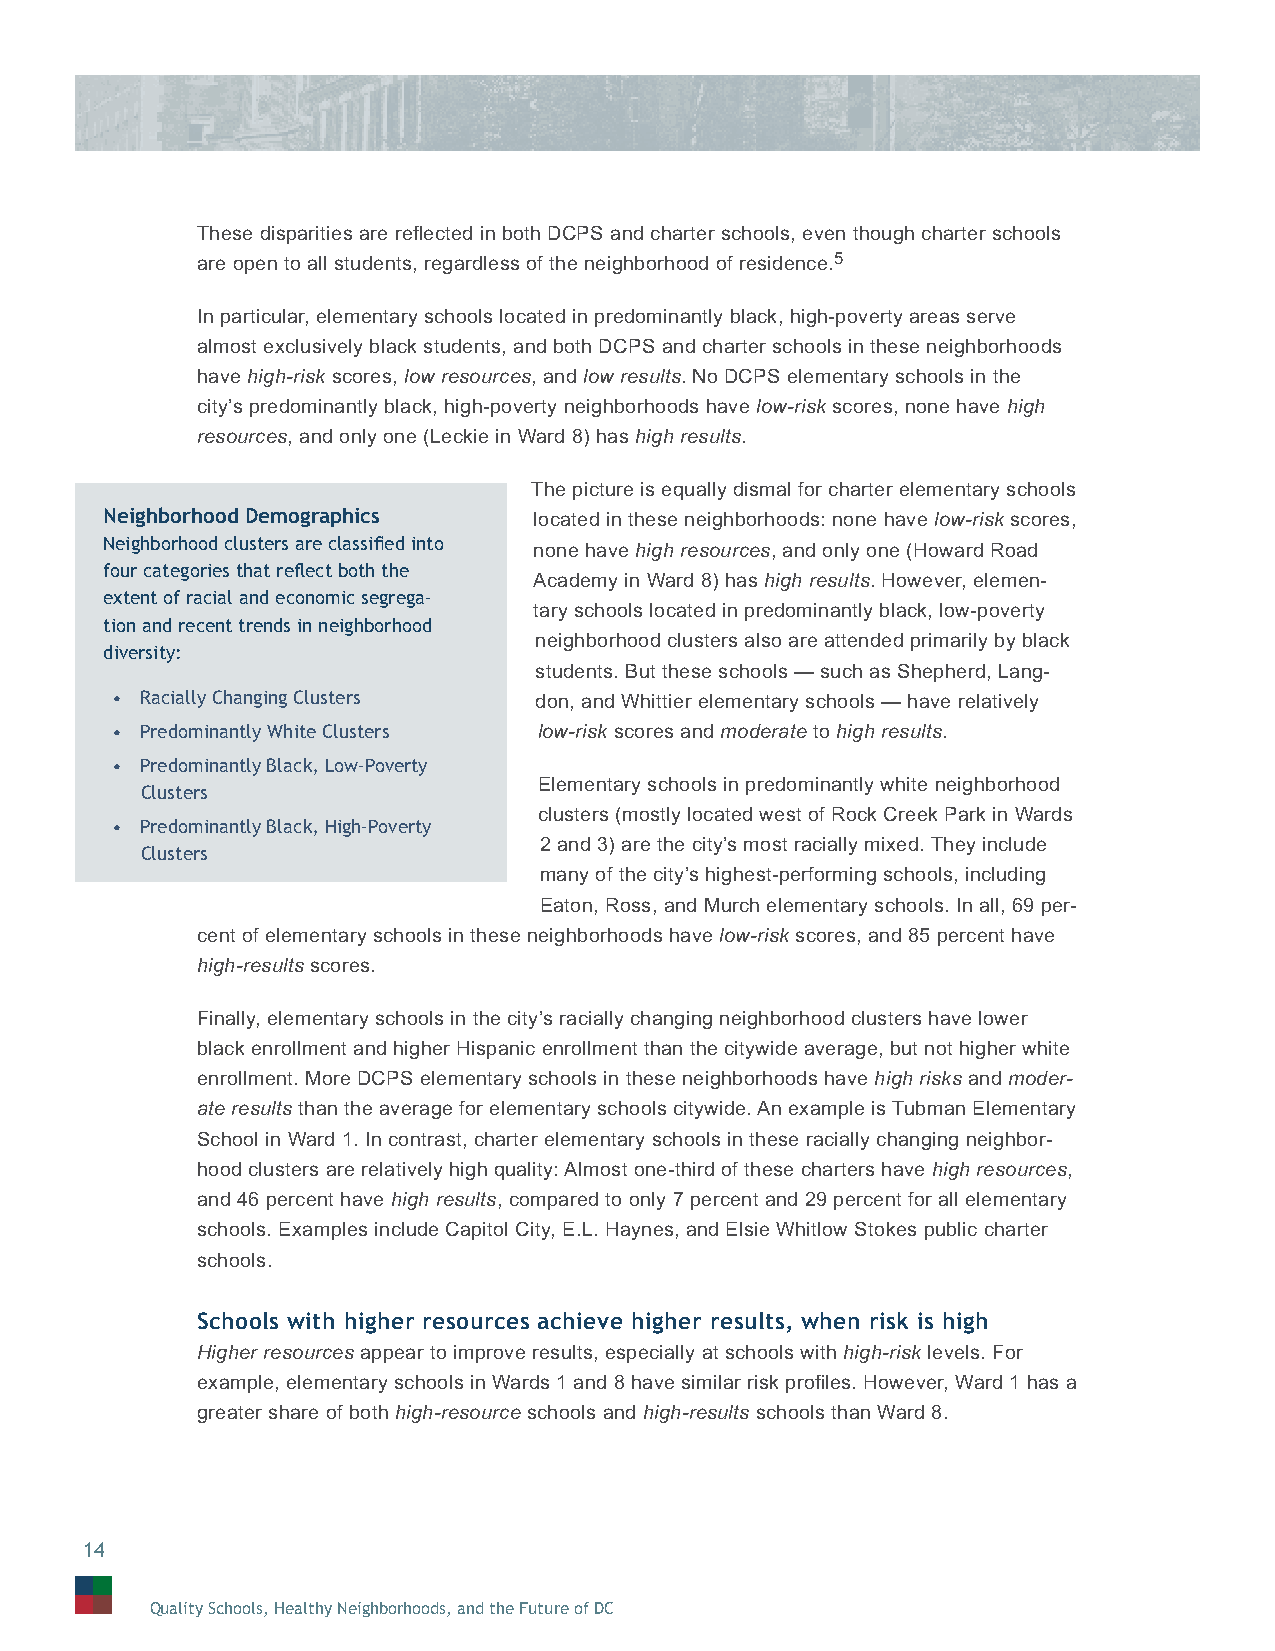
These disparities are refl ected in both DCPS and charter schools, even though charter schools
 are open to all students, regardless of the neighborhood of residence.5
 In particular, elementary schools located in predominantly black, high-poverty areas serve
 almost exclusively black students, and both DCPS and charter schools in these neighborhoods
 have high-risk scores, low resources, and low results. No DCPS elementary schools in the
 city’s predominantly black, high-poverty neighborhoods have low-risk scores, none have high
 resources, and only one (Leckie in Ward 8) has high results.
 The picture is equally dismal for charter elementary schools
 Neighborhood Demographics   located in these neighborhoods: none have low-risk scores,
 Neighborhood clusters are classifi ed into none have high resources, and only one (Howard Road
 four categories that refl ect both the
 Academy in Ward 8) has high results. However, elemen-
 extent of racial and economic segrega-
 tary schools located in predominantly black, low-poverty
 tion and recent trends in neighborhood
 neighborhood clusters also are attended primarily by black
 diversity:
 students. But these schools — such as Shepherd, Lang-
 • Racially Changing Clusters don, and Whittier elementary schools — have relatively
 • Predominantly White Clusters low-risk scores and moderate to high results.
 • Predominantly Black, Low-Poverty
 Elementary schools in predominantly white neighborhood
 Clusters
 clusters (mostly located west of Rock Creek Park in Wards
 • Predominantly Black, High-Poverty
 2 and 3) are the city’s most racially mixed. They include
 Clusters
 many of the city’s highest-performing schools, including
 Eaton, Ross, and Murch elementary schools. In all, 69 per-
 cent of elementary schools in these neighborhoods have low-risk scores, and 85 percent have
 high-results scores.
 Finally, elementary schools in the city’s racially changing neighborhood clusters have lower
 black enrollment and higher Hispanic enrollment than the citywide average, but not higher white
 enrollment. More DCPS elementary schools in these neighborhoods have high risks and moder-
 ate results than the average for elementary schools citywide. An example is Tubman Elementary
 School in Ward 1. In contrast, charter elementary schools in these racially changing neighbor-
 hood clusters are relatively high quality: Almost one-third of these charters have high resources,
 and 46 percent have high results, compared to only 7 percent and 29 percent for all elementary
 schools. Examples include Capitol City, E.L. Haynes, and Elsie Whitlow Stokes public charter
 schools.
 Schools with higher resources achieve higher results, when risk is high
 Higher resources appear to improve results, especially at schools with high-risk levels. For
 example, elementary schools in Wards 1 and 8 have similar risk profi les. However, Ward 1 has a
 greater share of both high-resource schools and high-results schools than Ward 8.
 14
 Quality Schools, Healthy Neighborhoods, and the Future of DC